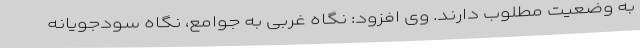
به وضعیت مطلوب دارند. وی افزود: نگاه غربی به جوامع، نگاه سودجویانه